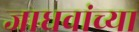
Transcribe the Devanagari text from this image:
जाधवांच्या